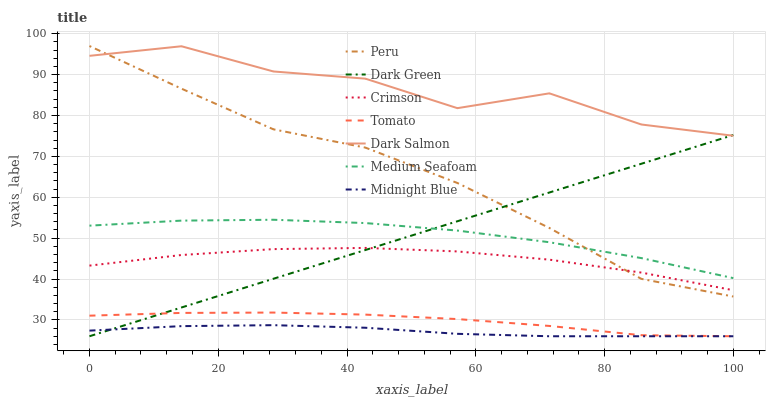
| xaxis_label | Peru | Dark Green | Crimson | Tomato | Dark Salmon | Medium Seafoam | Midnight Blue |
 | --- | --- | --- | --- | --- | --- | --- | --- |
 | 0 | 97 | 26 | 43.3 | 31 | 94.6 | 53.1 | 27.4 |
 | 14.3 | 86.6 | 33 | 45.9 | 31.7 | 96.9 | 54.3 | 28.5 |
 | 28.6 | 76.6 | 40.1 | 47.3 | 31.8 | 90.8 | 54.5 | 28.7 |
 | 42.9 | 72.1 | 47.1 | 47.6 | 31.3 | 89 | 53.7 | 28.1 |
 | 57.1 | 63.5 | 54.1 | 46.7 | 30.2 | 81.8 | 51.9 | 26.6 |
 | 71.4 | 52.5 | 61.2 | 44.7 | 28.5 | 85.4 | 49 | 26 |
 | 85.7 | 40 | 68.2 | 41.6 | 26.3 | 77.8 | 45.1 | 26 |
 | 100 | 35.7 | 75.2 | 37.3 | 26 | 75 | 40.2 | 26 |